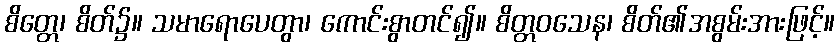
စိတ္တေ၊ စိတ်၌။ သမာရောပေတွာ၊ ကောင်းစွာတင်၍။ စိတ္တဝသေန၊ စိတ်၏အစွမ်းအားဖြင့်။